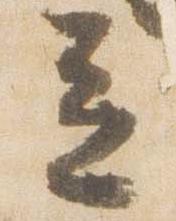
立